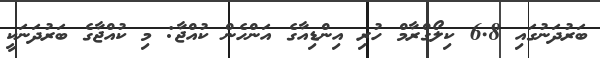
ބަރުދަނުގައި 6.8 ކިލޯގްރާމް ހުރި އިންޑިއާގެ އަންހެން ކުއްޖާ: މި ކުއްޖާގެ ބަރުދަނަކީ